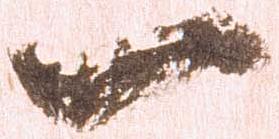
一